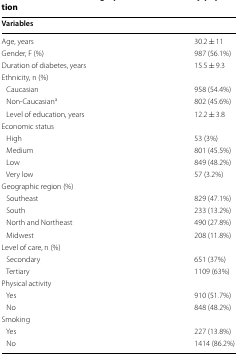
<table><thead><tr><td><b>Variables</b></td><td></td></tr></thead><tbody><tr><td>Age, years</td><td>30.2 ± 11</td></tr><tr><td>Gender, F (%)</td><td>987 (56.1%)</td></tr><tr><td>Duration of diabetes, years</td><td>15.5 ± 9.3</td></tr><tr><td colspan="2">Ethnicity, n (%)</td></tr><tr><td> Caucasian</td><td>958 (54.4%)</td></tr><tr><td> Non-Caucasian<sup>a</sup></td><td>802 (45.6%)</td></tr><tr><td> Level of education, years</td><td>12.2 ± 3.8</td></tr><tr><td colspan="2">Economic status</td></tr><tr><td> High</td><td>53 (3%)</td></tr><tr><td> Medium</td><td>801 (45.5%)</td></tr><tr><td> Low</td><td>849 (48.2%)</td></tr><tr><td> Very low</td><td>57 (3.2%)</td></tr><tr><td colspan="2">Geographic region (%)</td></tr><tr><td> Southeast</td><td>829 (47.1%)</td></tr><tr><td> South</td><td>233 (13.2%)</td></tr><tr><td> North and Northeast</td><td>490 (27.8%)</td></tr><tr><td> Midwest</td><td>208 (11.8%)</td></tr><tr><td colspan="2">Level of care, n (%)</td></tr><tr><td> Secondary</td><td>651 (37%)</td></tr><tr><td> Tertiary</td><td>1109 (63%)</td></tr><tr><td colspan="2">Physical activity</td></tr><tr><td> Yes</td><td>910 (51.7%)</td></tr><tr><td> No</td><td>848 (48.2%)</td></tr><tr><td colspan="2">Smoking</td></tr><tr><td> Yes</td><td>227 (13.8%)</td></tr><tr><td> No</td><td>1414 (86.2%)</td></tr></tbody></table>